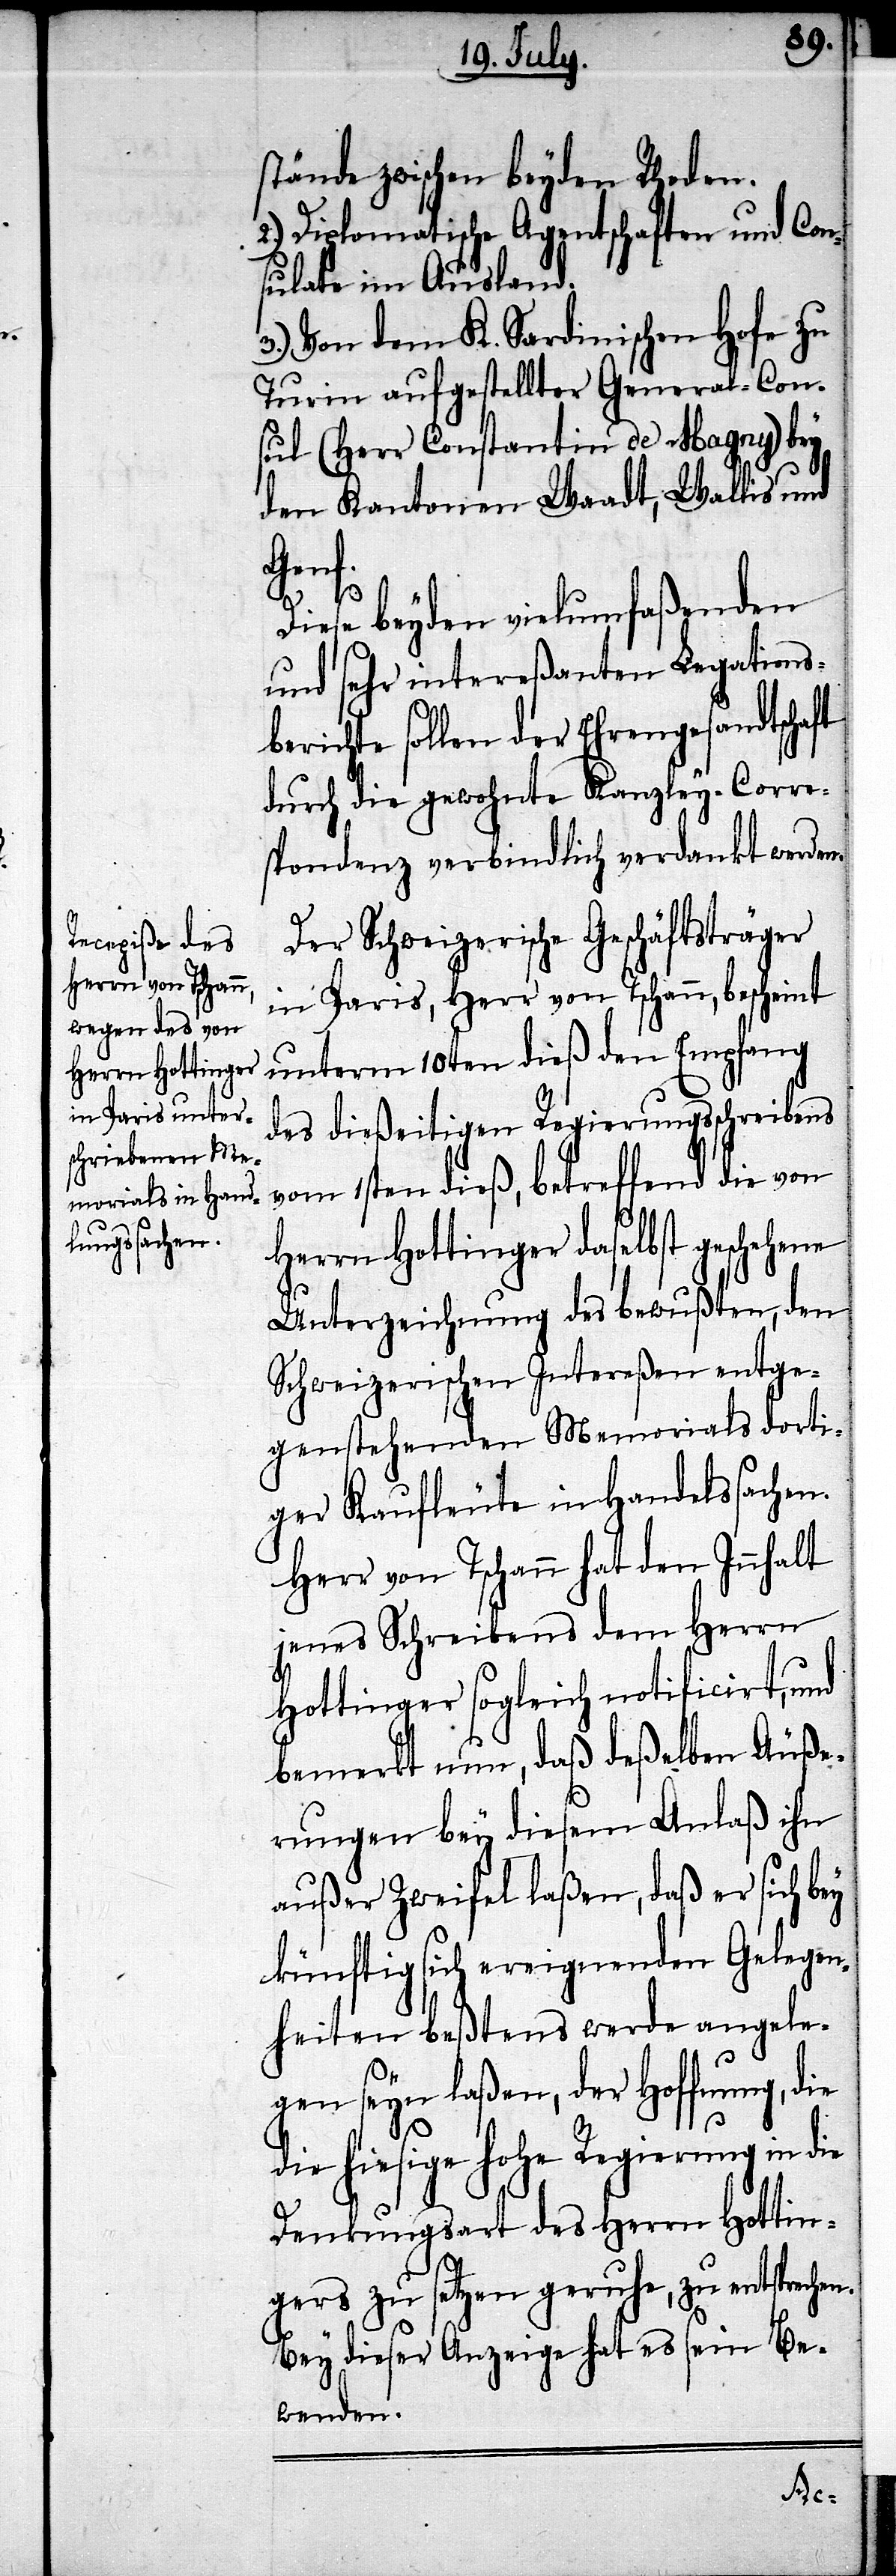
stände zwischen beyden Rhoden.
2.) Diplomatische Agentschaften und Con¬
sulate im Ausland.
3.) Von dem K. Sardinischen Hofe zu
Turin aufgestellter General-Con¬
sul (Herr Constantin de Magny) bey
den Kantonen Waadt, Wallis und
Genf.
Diese beyden vielumfaßenden
und sehr intereßanten Legations¬
berichte sollen der Ehrengesandtschaft
durch die gewohnte Kanzley-Corre¬
spondenz verbindlich verdankt werden.
Der Schweizerische Geschäftsträger
in Paris, Herr von Tschann, bescheint
unterm 10ten dieß den Empfang
des dießeitigen Regierungsschreibens
vom 1sten dieß, betreffend die von
Herrn Hottinger daselbst geschehene
Unterzeichnung des bewußten, den
Schweizerischen Intereßen entge¬
genstehenden Memorials dorti¬
ger Kaufleute in Handelssachen.
Herr von Tschann hat den Innhalt
jenes Schreibens dem Herrn
Hottinger sogleich notificirt, und
bemerkt nun, daß deßelben Äuße¬
rungen bey diesem Anlaß ihn
außer Zweifel laßen, daß er sich bey
künftig sich ereignenden Gelegen¬
heiten beßtens werde angele¬
gen seyn laßen, der Hoffnung, die
die hiesige hohe Regierung in die
Denkungsart des Herrn Hottin¬
gers zu setzen geruhe, zu entspre¬
Bey dieser Anzeige hat es sein Be¬
wenden.
chen.